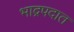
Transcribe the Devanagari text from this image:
भाद्रपदात